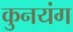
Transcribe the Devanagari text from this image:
कुनयंग